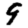
Digit: 9